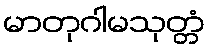
မာတုဂါမသုတ္တံ